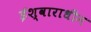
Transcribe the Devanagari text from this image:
ईश्वाराधीन